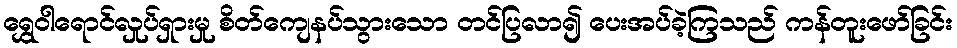
ရွှေဝါရောင်လှုပ်ရှားမှု စိတ်ကျေနပ်သွားသော တင်ပြလာ၍ ပေးအပ်ခဲ့ကြသည် ကန်တူးဖော်ခြင်း